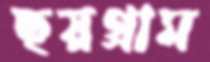
ছয়গ্রাম